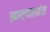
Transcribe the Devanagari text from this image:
झाल्यानंत